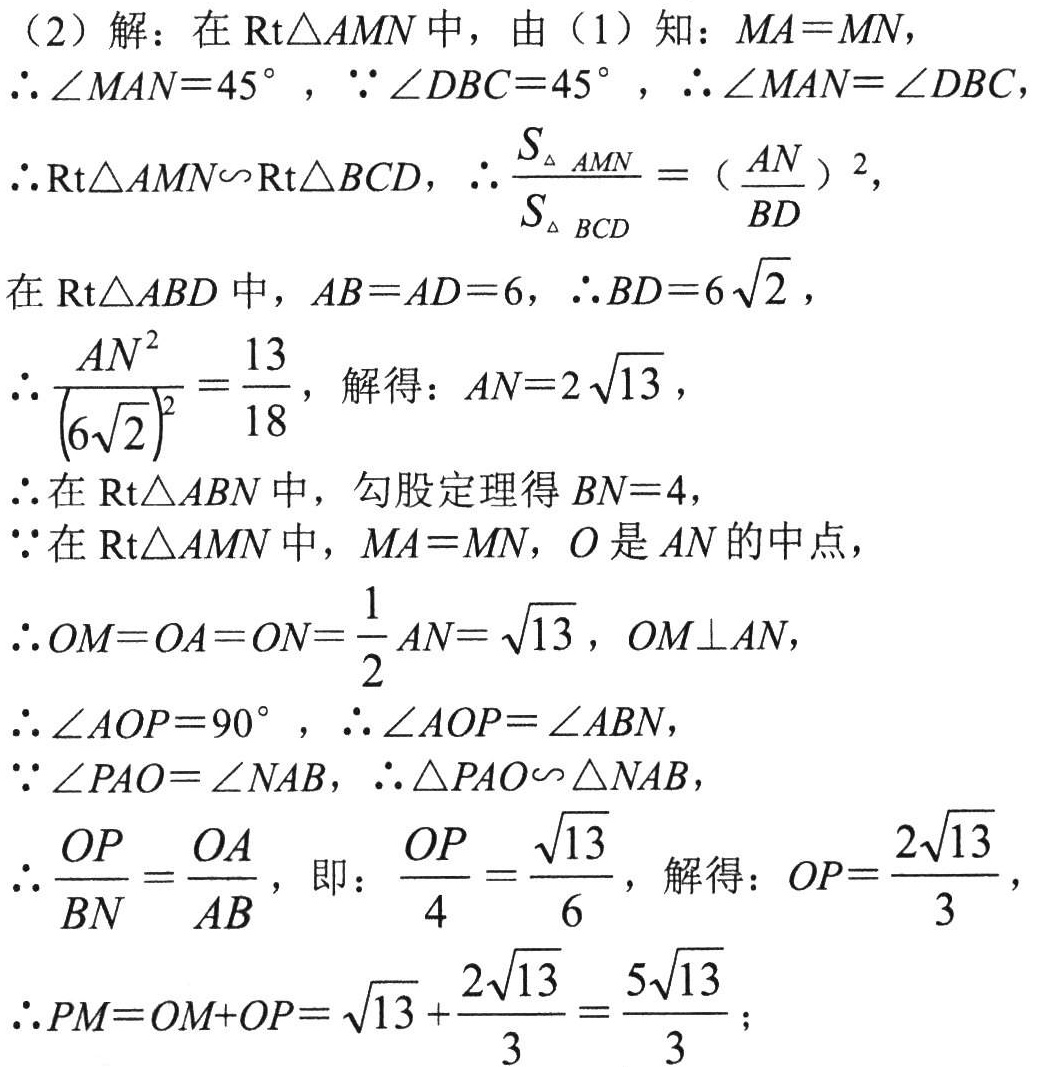
（2）解：在$\text{Rt}\triangle AMN$中，由（1）知：$MA = MN$，
$\therefore\angle MAN = 45^{\circ}$，$\because\angle DBC = 45^{\circ}$，$\therefore\angle MAN=\angle DBC$
$\therefore\text{Rt}\triangle AMN\backsim\text{Rt}\triangle BCD$，$\therefore\frac{S_{\triangle AMN}}{S_{\triangle BCD}} = （\frac{AN}{BD}）^{2}$，
在$\text{Rt}\triangle ABD$中，$AB = AD = 6$，$\therefore BD = 6\sqrt{2}$，
$\therefore\frac{AN^{2}}{(6\sqrt{2})^{2}}=\frac{13}{18}$，解得：$AN = 2\sqrt{13}$，
$\therefore$在$\text{Rt}\triangle ABN$中，勾股定理得$BN = 4$，
$\because$在$\text{Rt}\triangle AMN$中，$MA = MN$，$O$是$AN$的中点，
$\therefore OM = OA = ON=\frac{1}{2}AN=\sqrt{13}$，$OM\perp AN$，
$\therefore\angle AOP = 90^{\circ}$，$\therefore\angle AOP=\angle ABN$，
$\because\angle PAO=\angle NAB$，$\therefore\triangle PAO\backsim\triangle NAB$，
$\therefore\frac{OP}{BN}=\frac{OA}{AB}$，即：$\frac{OP}{4}=\frac{\sqrt{13}}{6}$，解得：$OP=\frac{2\sqrt{13}}{3}$，
$\therefore PM = OM + OP=\sqrt{13}+\frac{2\sqrt{13}}{3}=\frac{5\sqrt{13}}{3}$；